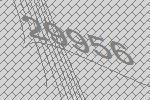
29956